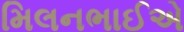
મિલનભાઈએ